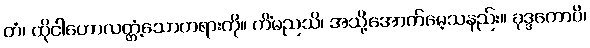
တံ၊ ထိုငါဟောလတ္တံ့သောတရားကို။ ကိံမညသိ၊ အသို့အောက်မေ့သနည်း။ ခုဒ္ဒကောပိ၊